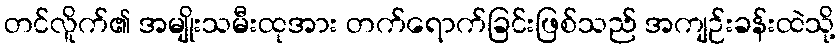
တင်လိူက်၏ အမျိုးသမီးထုအား တက်ရောက်ခြင်းဖြစ်သည် အကျဉ်းခန်းထဲသို့